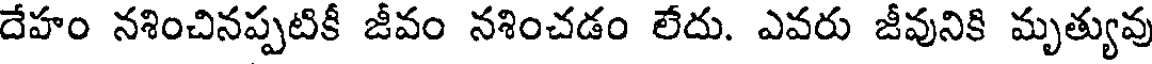
దేహం నశించినప్పటికీ జీవం నశించడం లేదు. ఎవరు జీవునికి మృత్యువు